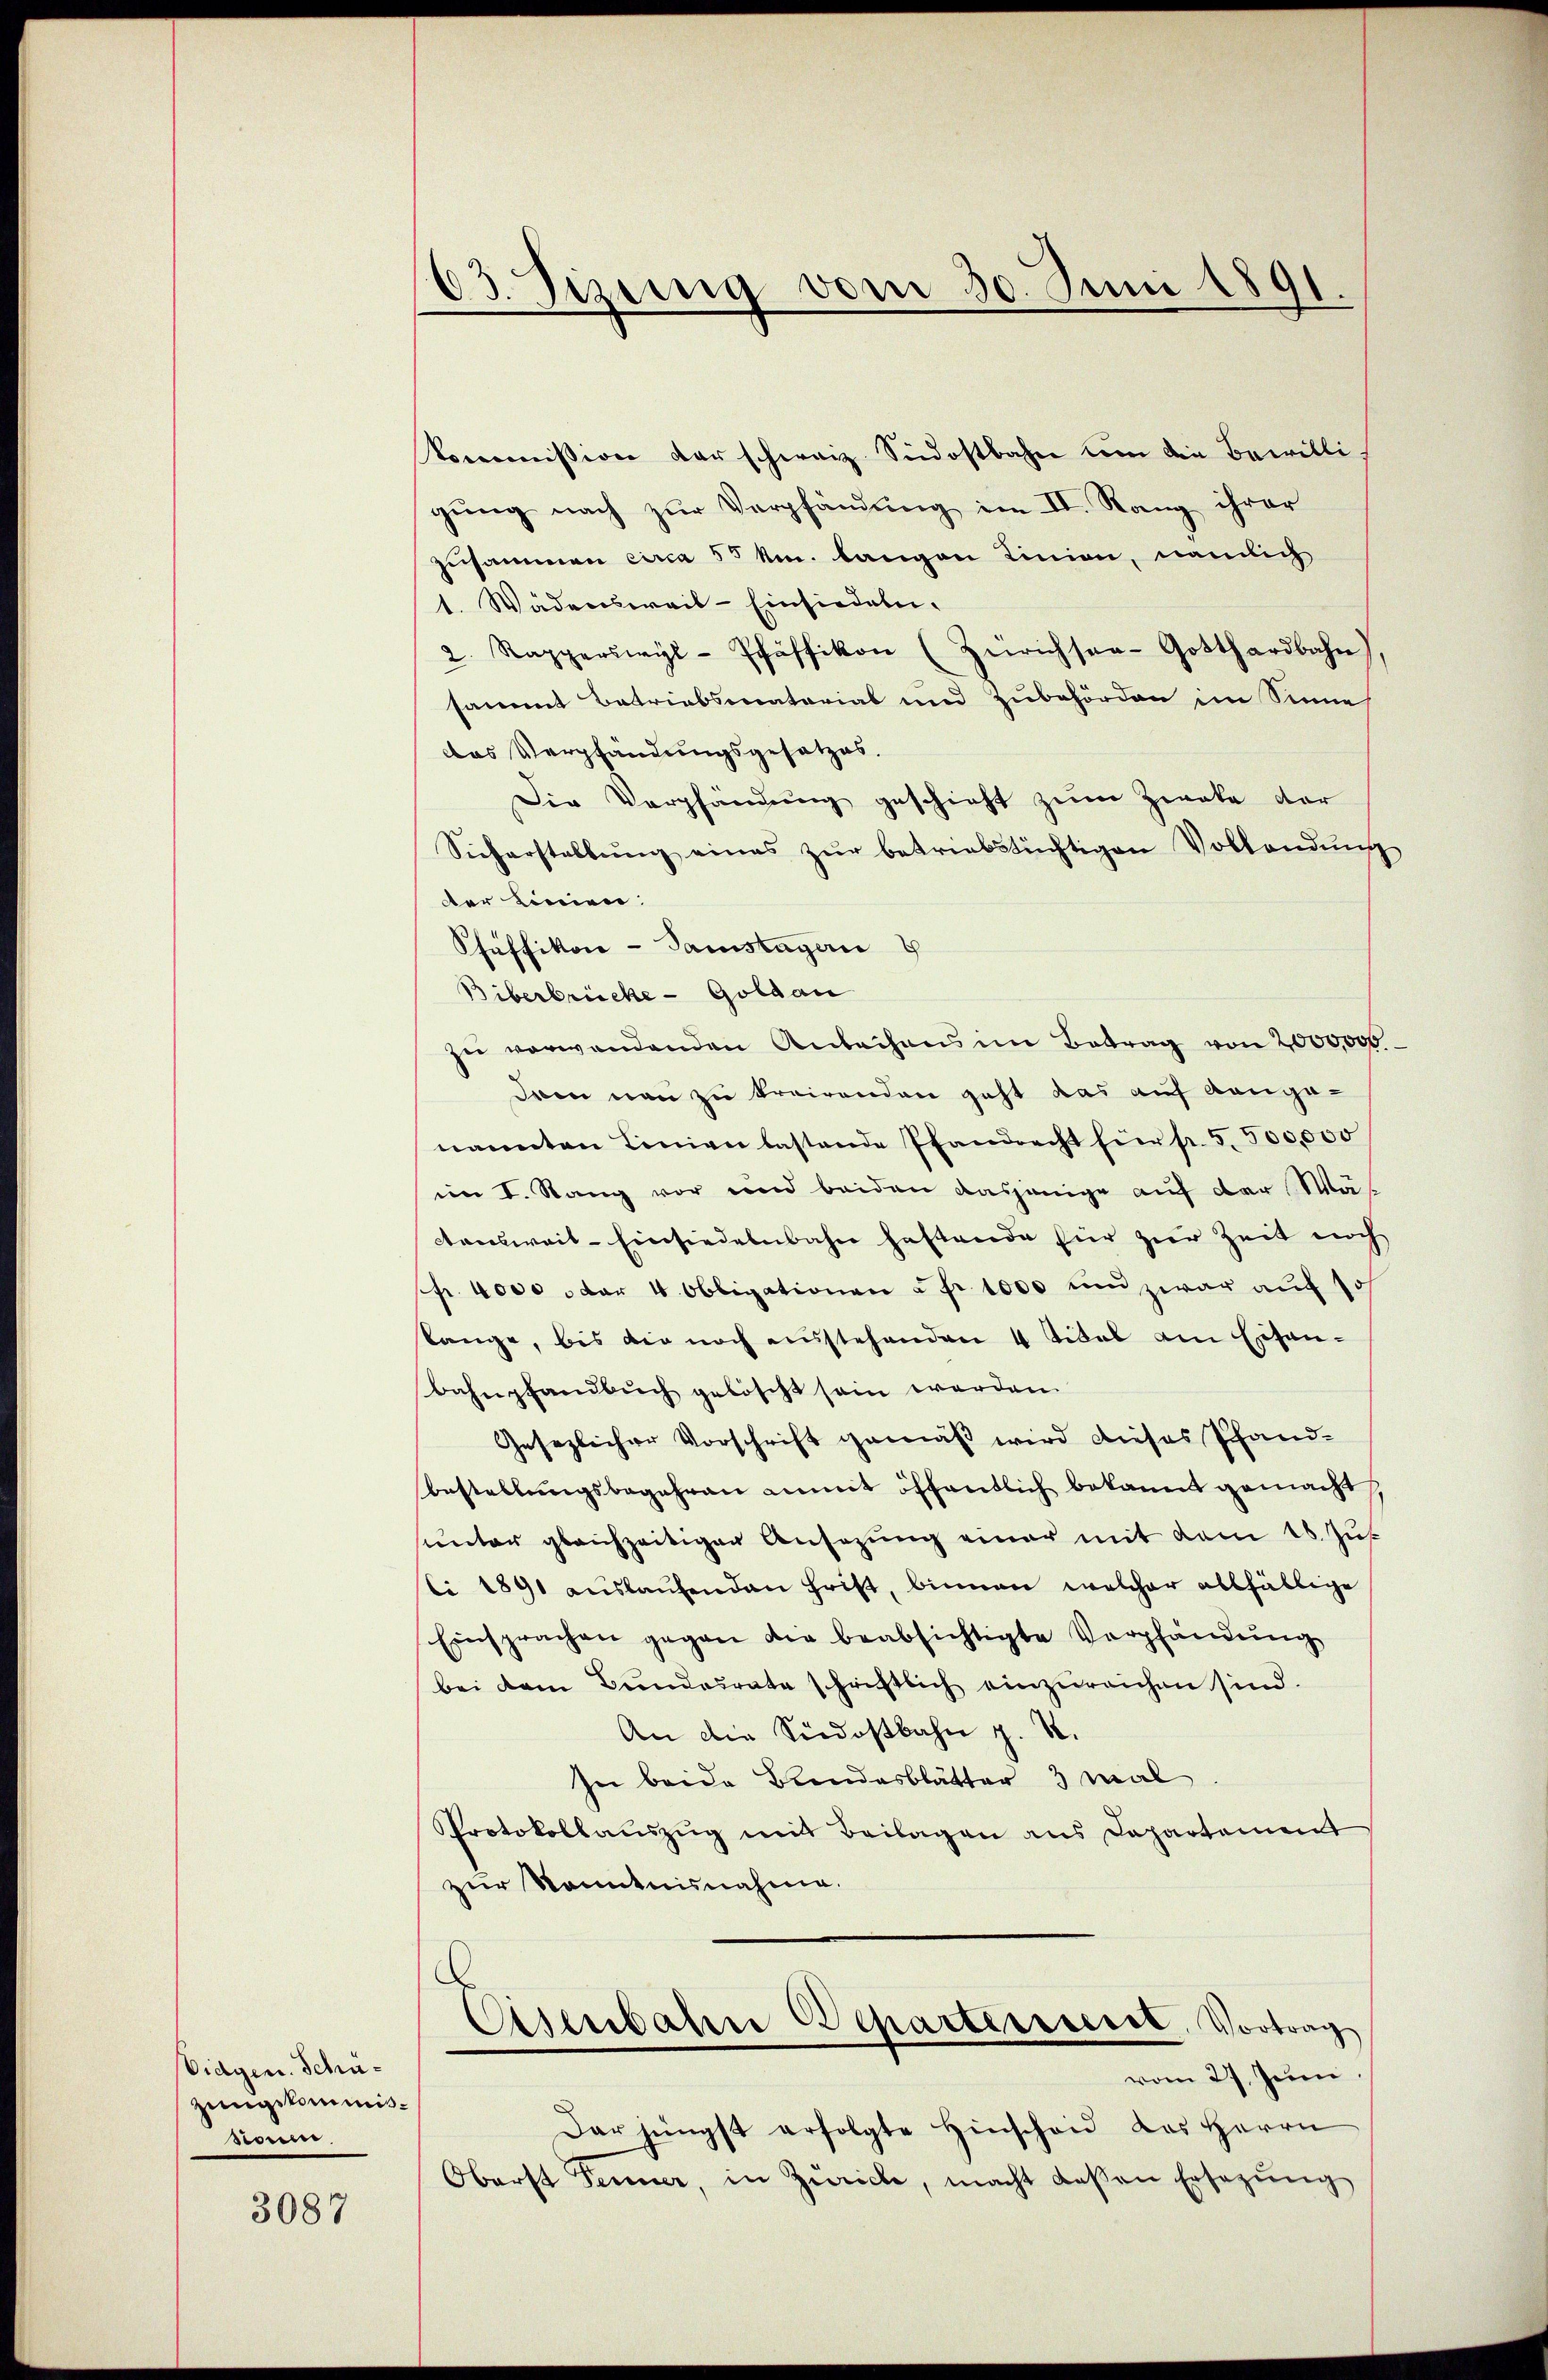
Eidgen. Schüzungskommis¬
Noue

3087

63. Sizung vom 30. Juni 1891.

kommission der schweiz. Südostbahn dem die Bewilli-
gung nach zur Verpfändung im II. Rang ihrer
zusammen circa 55 km. langen Linien, nämlich
1. Wädensweil–Einsiedeln.
2. Rapperswyl-Pfäffikon (Zürichsee-Gotthardbahn)
sammt Betriebsmatorial und Zubehörden im Sinne
das Verpfändungsgesetzes.
Die Verpfändung geschieht zum Zweke der
Sicherstellŭng eines zŭr betriebstüchtigen Vollandŭng
der Linien.
Phäffikon - Samstagern
Biberbrücke - Goldau
zŭ verwandenden Anbachens im Betrag von 2000000
dren man zu kreirenden geht das auf dangenannten Linien lastende Pfandrecht für p. 5. 500,000
im I. Rang vor und beiden dasjenige auf der Wäs
ctensweit - Einsiedelnbahn gestande für zur Zeit noch
fr. 4000 der 4. Obligationen u. fr. 1000 und zwar auf so
lange, bis die noch ausstehenden 4 Titel am Eisen-
Bahnpfandbuch gelöscht sein werden.
Gesezlicher Vorschrift gemäß wird dieses Pfand-
bestellungsbegehren anmit öffentlich bekannt gemacht,
unter gleichzeitigen Ansezung einer mit dem 18. Jus
li 1891 aŭslaŭfenden Frist, binnen welcher allfällige
Einsprachen gegen die beabsichtigte Verpfändung
bei dem Bŭndesrate schriftlich einzŭreichen sind.
An die Südostbahn z. S.
In beide Beendesblätter 3 mal
Protokollauszug mit Beilagen aus Departement
zur Kenntnisnahme.
.
Eisenbahne Departeisseret, Vortrag
vom 27. Juni
Dar jüngst erfolgte Hinscheid das Herrn
Oberst Ferner, in Zwicke, macht dessen Ersetzŭng